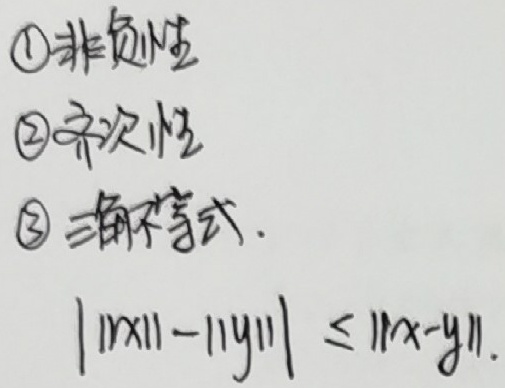
\textcircled{1}非负性
\textcircled{2}齐次性
\textcircled{3}三角不等式.
$\vert \vert x\vert -\vert y\vert \vert \leq \vert x - y\vert$